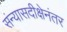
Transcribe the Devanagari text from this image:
संन्यासदीक्षेनंतर